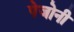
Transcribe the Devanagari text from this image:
पेजोनी